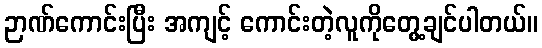
ဉာဏ်ကောင်းပြီး အကျင့် ကောင်းတဲ့လူကိုတွေ့ချင်ပါတယ်။